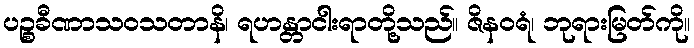
ပဉ္စခီဏာသဝသတာနိ၊ ရဟန္တာငါးရာတို့သည်။ ဇိနဝရံ၊ ဘုရားမြတ်ကို။